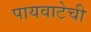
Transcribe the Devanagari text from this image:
पायवाटेची